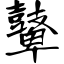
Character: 鼙